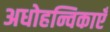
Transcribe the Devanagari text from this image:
अधोहन्विकाएँ